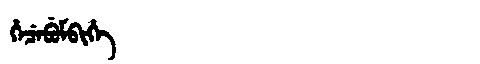
Manchu: ᡥᡝᠴᡝᠪᡠᠮᠪᡳᡥᡝ
Romanization: HECEBUMBIHE